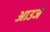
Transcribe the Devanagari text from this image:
आउर्ज